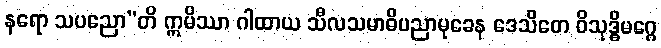
နရော သပညော”တိ ဣမိဿာ ဂါထာယ သီလသမာဓိပညာမုခေန ဒေသိတေ ဝိသုဒ္ဓိမဂ္ဂေ